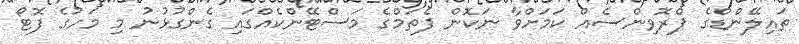
ތައިލޭންޑްގެ ޕްރޮވިންސެއް ކަމަށްވާ ނަކޮން ފެތަމްގެ މަސްޓޭންކެއްގައި ގެންގުޅުނު މި މަހުގެ ފޮޓޯ